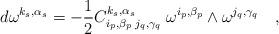
LaTeX: \begin{align*}d\omega^{k_{ s}, \alpha_s}= -\frac{1}{2} C_{i_{ p},\beta_p \;j_{q},\gamma_q}^{k_s,\alpha_s}\; \omega^{i_{ p}, \beta_p} \wedge\omega^{j_{ q}, \gamma_q} \quad ,\end{align*}